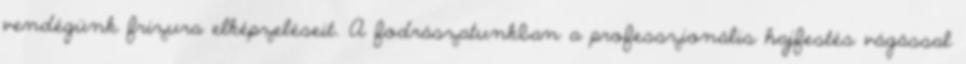
vendégünk frizura elképzeléseit. A fodrászatunkban a professzionális hajfestés vágással